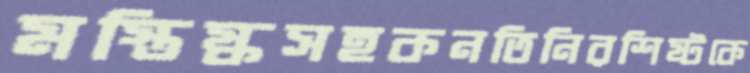
মস্তিষ্কসহকনতিনিরশিষ্টকে